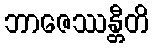
ဘာဇေဿန္တီတိ